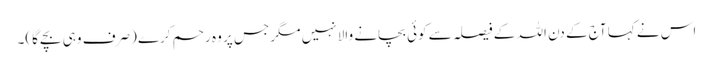
اس نے کہا آج کے دن اللہ کے فیصلہ سے کوئی بچانے والا نہیں مگر جس پر وہ رحم کرے (صرف وہی بچے گا)۔